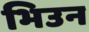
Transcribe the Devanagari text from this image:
भिउन